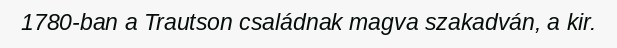
1780-ban a Trautson családnak magva szakadván, a kir.